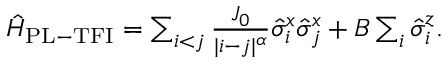
\begin{array} { r } { \hat { H } _ { \mathrm { { P L - T F I } } } = \sum _ { i < j } \frac { J _ { 0 } } { | i - j | ^ { \alpha } } \hat { \sigma } _ { i } ^ { x } \hat { \sigma } _ { j } ^ { x } + B \sum _ { i } \hat { \sigma } _ { i } ^ { z } . } \end{array}